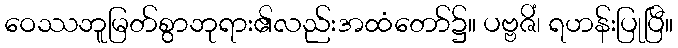
ဝေဿဘူမြတ်စွာဘုရား၏လည်းအထံတော်၌။ ပဗ္ဗဇိံ၊ ရဟန်းပြုပြီ။